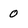
Character: 0